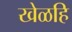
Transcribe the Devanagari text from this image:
खेळहि